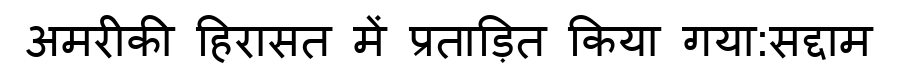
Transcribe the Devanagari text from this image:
अमरीकी हिरासत में प्रताड़ित किया गया:सद्दाम